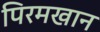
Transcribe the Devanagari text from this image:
पिरमखान